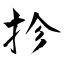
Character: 抮